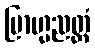
ဗြာဟ္မညတ္ထံ